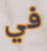
في